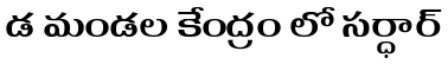
డ మండల కేంద్రం లో సర్ధార్